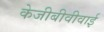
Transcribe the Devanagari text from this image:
केजीबीवीवाई